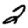
Digit: 2